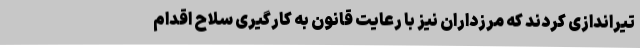
تیراندازی کردند که مرزداران نیز با رعایت قانون به کارگیری سلاح اقدام